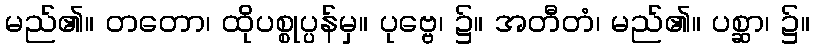
မည်၏။ တတော၊ ထိုပစ္စုပ္ပန်မှ။ ပုဗ္ဗေ၊ ၌။ အတီတံ၊ မည်၏။ ပစ္ဆာ၊ ၌။